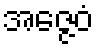
အဇ္ဇေဝံ